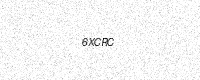
Text: 6XCRC